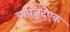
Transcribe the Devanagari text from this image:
बावजूदएक